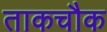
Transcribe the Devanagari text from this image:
ताकचौक